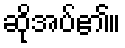
ဆိုအပ်၏။